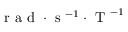
\mathrm { ~ r ~ a ~ d ~ } \cdot \mathrm { ~ s ~ } ^ { - 1 } \cdot \mathrm { ~ T ~ } ^ { - 1 }